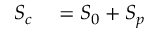
\begin{array} { r l } { S _ { c } } & { { } = S _ { 0 } + S _ { p } } \end{array}